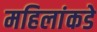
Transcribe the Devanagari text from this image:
महिलांकडे